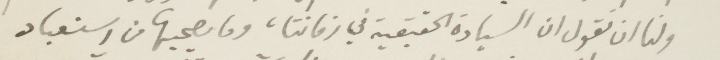
ولنا ان نقول ان السيادة الحقيقية في زماننا، وما ينجيها من استعباد